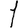
Digit: 1